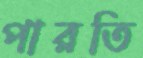
পারতি